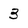
Character: 3